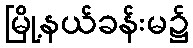
မြို့နယ်ခန်းမ၌